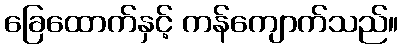
ခြေထောက်နှင့် ကန်ကျောက်သည်။